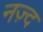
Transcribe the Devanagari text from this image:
नज़्द